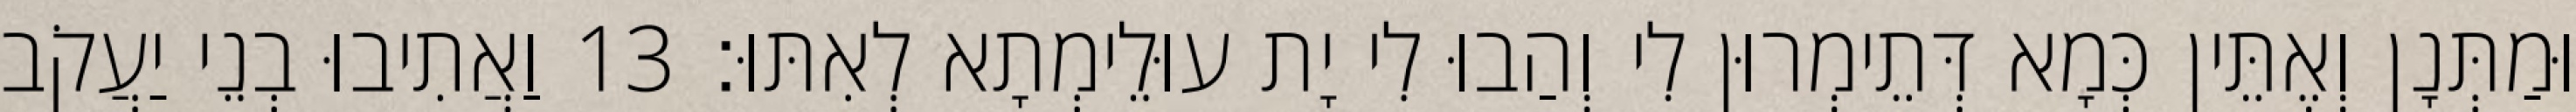
וּמַתְּנָן וְאֶתֵּין כְּמָא דְּתֵימְרוּן לִי וְהַבוּ לִי יָת עוּלֵימְתָא לְאִתּוּ׃ 13 וַאֲתִיבוּ בְנֵי יַעֲקֹב